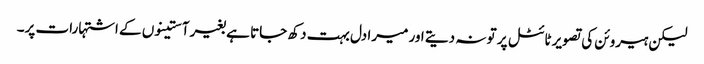
لیکن ہیروئن کی تصویر ٹائٹل پر تو نہ دیتے اور میرا دل بہت دکھ جاتا ہے بغیر آستینوں کے اشتہارات پر۔